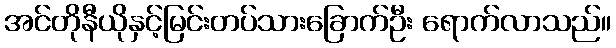
အင်တိုနီယိုနှင့်မြင်းတပ်သားခြောက်ဦး ရောက်လာသည်။